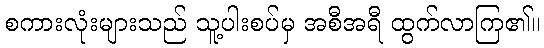
စကားလုံးများသည် သူ့ပါးစပ်မှ အစီအရီ ထွက်လာကြ၏။